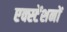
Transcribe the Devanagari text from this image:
एक्स्टेंशनों